Rangoon Lunatic Asylum 1878-1892 - 1878-1892
Year: 1878
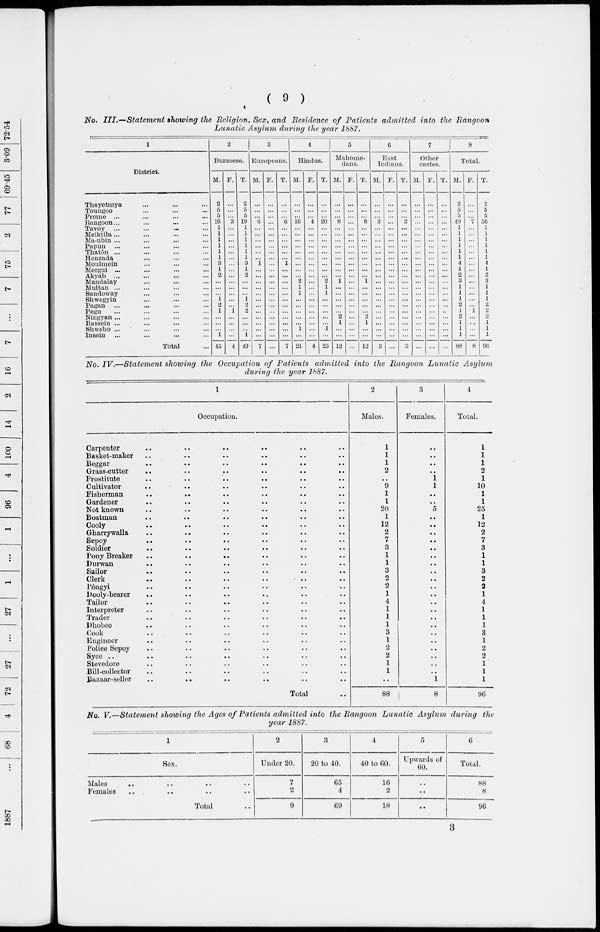
( 9 )
No. III.—Statement
showing the Religion, Sex, and Residence of Patients admitted into the Rangoon
Lunatic Asylum during the year 1887.
1
District.
Thayetmyo ... ... ...
Toungoo ... ... ...
Prome ... ... ...
Rangoon ... ... ...
Tavoy ... ... ...
Meiktila ... ... ...
Ma-ubin ... ... ...
Papun ... ... ...
Thatôn ... ... ...
Henzada ... ... ...
Moulmein ... ... ...
Mergui ... ... ...
Akyab ... ... ...
Mandalay ... ... ...
Multan ... ... ...
Sandoway ... ... ...
Shwegyin ... ... ...
Pagan ... ... ...
Pegu ... ... ...
Ningyan ... ... ...
Bussein ... ... ...
Shwebo ... ... ...
Insein ... ... ...
Total ...
2
Burmese.
M.
2
5
5
16
1
1
1
1
1
1
3
1
2
...
...
...
1
2
1
...
...
...
1
45
F.
...
...
...
3
...
...
...
...
...
...
...
...
...
...
...
...
...
...
1
...
...
...
...
4
T.
2
5
5
19
1
1
1
1
1
1
3
1
2
...
...
...
1
2
2
...
...
...
1
49
3
Europeans.
M.
...
...
...
6
...
...
...
...
...
...
1
...
...
...
...
...
...
...
...
...
...
...
...
7
F.
...
...
...
...
...
...
...
...
...
...
...
...
...
...
...
...
...
...
...
...
...
...
...
...
T.
...
...
...
6
...
...
...
...
...
...
1
...
...
...
...
...
...
...
...
...
...
...
...
7
4
Hindus.
M.
...
...
...
16
...
...
...
...
...
...
...
...
...
2
1
1
...
...
...
...
...
1
...
21
F.
...
...
...
4
...
...
...
...
...
...
...
...
...
...
...
...
...
...
...
...
...
...
...
4
T.
...
...
...
20
...
...
...
...
...
...
...
...
...
2
1
1
...
...
...
...
...
1
...
25
5
Mahome¬
dans.
M.
...
...
...
8
...
...
...
...
...
...
...
...
...
1
...
...
...
...
...
2
1
...
...
. 12
F.
...
...
...
...
...
...
...
...
...
...
...
...
...
...
...
...
...
...
...
...
...
...
...
T.
...
...
...
8
...
...
...
...
...
...
...
...
...
1
...
...
...
...
...
2
1
...
...
12
6
East
Indians.
M.
...
...
...
3
...
...
...
...
...
...
...
...
...
...
...
...
...
...
...
...
...
...
...
3
F.
...
...
...
...
...
...
...
...
...
...
...
...
...
...
...
...
...
...
...
...
...
...
...
...
T.
...
...
... 3
...
...
...
...
...
...
...
...
...
...
...
...
...
...
...
...
...
...
...
3
7
Other
castes.
M.
...
...
...
...
...
...
...
...
...
...
...
...
...
...
...
...
...
...
...
...
...
...
...
...
F.
...
...
...
...
...
...
...
...
...
...
....
...
...
...
...
...
...
...
...
...
...
...
...
...
T.
...
...
...
...
...
...
...
...
...
...
...
...
...
...
...
...
...
...
...
...
...
...
...
...
8
Total.
M.
2
5
5
49
1
1
1
1
1
1
4
1
2
3
1
1
1
2
1
2
1
1
1
88
F.
...
...
...
7
...
...
...
...
...
...
...
...
...
...
...
...
...
...
1
...
...
...
...
8
T.
2
5
5
56
1
1
1
1
1
1
4
1
2
3
1
1
1
2
2
2
1
1
1
96
No. IV.—Statement
showing the Occupation of Patients
admitted into the Rangoon Lunatic
Asylum
during the year 1887.
1
Occupation.
Carpenter .. .. .. .. .. ..
Basket-maker .. .. .. .. .. ..
Beggar .. .. .. .. .. ..
Grass-cutter .. .. .. .. .. ..
Prostitute .. .. .. .. .. ..
Cultivator .. .. .. .. .. ..
Fisherman .. .. .. .. .. ..
Gardener .. .. .. .. .. ..
Not known .. .. .. .. .. ..
Boatman .. .. .. .. .. ..
Cooly .. .. .. .. .. ..
Gharrywalla .. .. .. .. .. ..
Sepoy .. .. .. .. .. ..
Soldier .. .. .. .. .. ..
Pony Breaker .. .. .. .. .. ..
Durwan .. .. .. .. .. ..
Sailor .. .. .. .. .. ..
Clerk
..
..
..
..
..
..
Pôngyi .. .. .. .. .. ..
Dooly-bearer
..
..
..
..
..
..
Tailor .. .. .. .. .. ..
Interpreter .. .. .. .. .. ..
Trader .. .. .. .. .. ..
Dhobee .. .. .. .. .. ..
Cook .. .. .. .. .. ..
Engineer .. .. .. .. .. ..
Police Sepoy .. .. .. .. .. ..
Syce .. .. .. .. .. ..
Stevedore .. .. .. .. .. ..
Bill-collector .. .. .. .. .. ..
Bazaar-seller .. .. .. .. .. ..
Total ..
2
Males.
1
1
1
2
..
9
1
1
20
1
12
2
7
3
1
1
3
2
2
1
4
1
1
1
3
1
2
2
1
1
..
88
3
Females.
..
..
..
..
1
1
..
..
5
..
..
..
..
..
..
..
..
..
..
..
..
..
..
..
..
..
..
..
..
..
1
8
4
Total.
1
1
1
2
1
10
1
1
25
1
12
2
7
3
1
1
3
2
2
1
4
1
1
1
3
1
2
2
1
1
1
96
No. V.—Statement showing the Ages of Patients admitted into the Rangoon Lunatic Asylum during the
year 1887.
1
Sex.
Males .. .. .. ..
Females .. .. .. ..
Total ..
2
Under 20.
7
2
9
3
20 to 40.
65
4
69
4
40 to 60.
10
2
18
5
Upwards of
60.
..
..
..
6
Total.
88
8
96
3